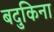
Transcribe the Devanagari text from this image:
बदुकिना